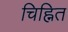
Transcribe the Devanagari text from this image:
चिह्नित